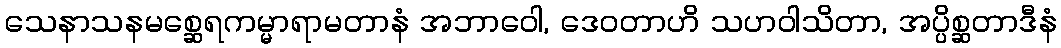
သေနာသနမစ္ဆေရကမ္မာရာမတာနံ အဘာဝေါ, ဒေဝတာဟိ သဟဝါသိတာ, အပ္ပိစ္ဆတာဒီနံ